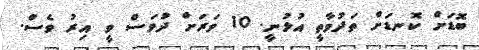
ބޮޑަށް ކޮނޑަށް ތަދުވާތީ އުޅުނީ. 10 ވަރަށް ދުވަސް ވީ އިރު ވެސް.